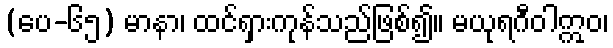
(ပေ-၆၅) မာနာ၊ ထင်ရှားကုန်သည်ဖြစ်၍။ မယုရဂီဝါဣဝ၊